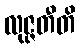
လုဇ္ဇတီတိ